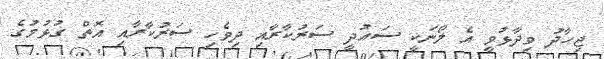
ޖިހާދު ވިދާޅުވީ އެ ލޯނަކީ ސައުދީ ސަރުކާރާއި ދިވެހި ސަރުކާރާއި އޮތް ގުޅުމުގެ